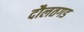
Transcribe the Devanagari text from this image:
दौलतगड